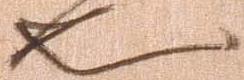
也